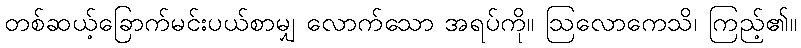
တစ်ဆယ့်ခြောက်မင်းပယ်စာမျှ လောက်သော အရပ်ကို။ ဩလောကေသိ၊ ကြည့်၏။